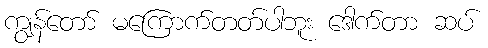
ကျွန်တော် မကြောက်တတ်ပါဘူး ဒေါက်တာ ဆပ်